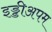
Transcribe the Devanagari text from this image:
इड्डीअपम